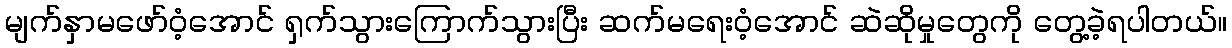
မျက်နှာမဖော်ဝံ့အောင် ရှက်သွားကြောက်သွားပြီး ဆက်မရေးဝံ့အောင် ဆဲဆိုမှုတွေကို တွေ့ခဲ့ရပါတယ်။